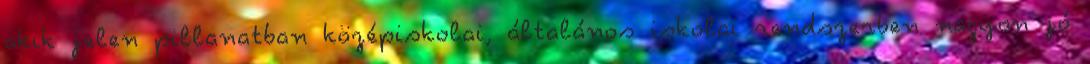
akik jelen pillanatban középiskolai, általános iskolai rendszerben nagyon jó